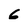
Character: 6